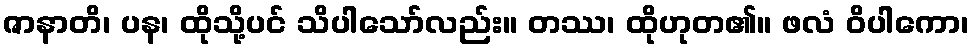
ဇာနာတိ၊ ပန၊ ထိုသို့ပင် သိပါသော်လည်း။ တဿ၊ ထိုဟုတ၏။ ဖလံ ဝိပါကော၊